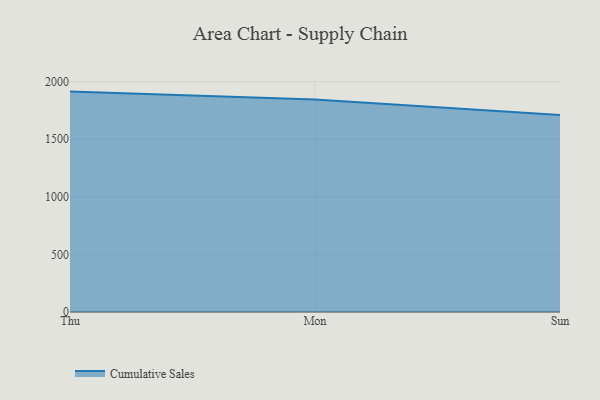
{"axis": {"x": "Day", "y": "Humidity (%)"}, "legend": ["Cumulative Sales"], "data": [{"x": "Thu", "y": 1913.6, "type": "Cumulative Sales"}, {"x": "Mon", "y": 1845.6, "type": "Cumulative Sales"}, {"x": "Sun", "y": 1710.2, "type": "Cumulative Sales"}]}